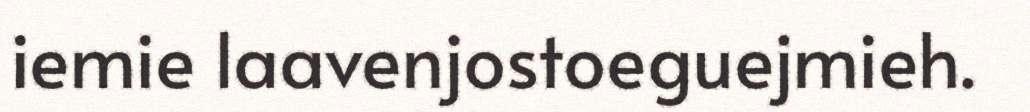
iemie laavenjostoeguejmieh.